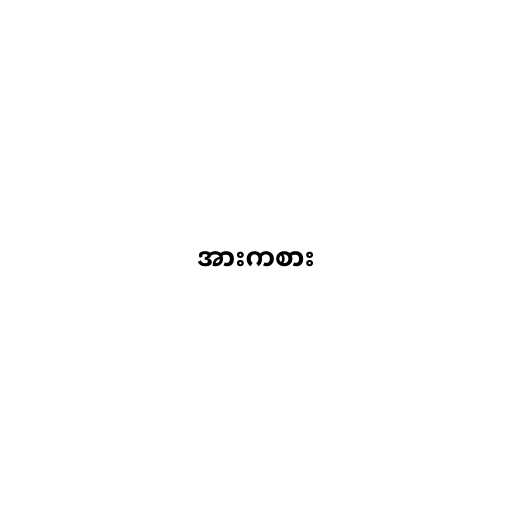
အားကစား